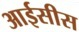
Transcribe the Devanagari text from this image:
आईसीस